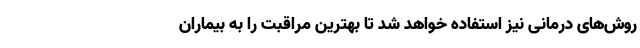
روش‌های درمانی نیز استفاده خواهد شد تا بهترین مراقبت را به بیماران